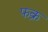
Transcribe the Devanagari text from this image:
फक़्र